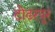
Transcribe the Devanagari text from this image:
टोढरपुर